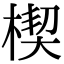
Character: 楔